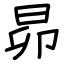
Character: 昴